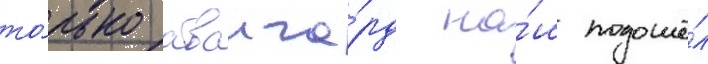
то́лько аванга́рд на́ш подошё́л